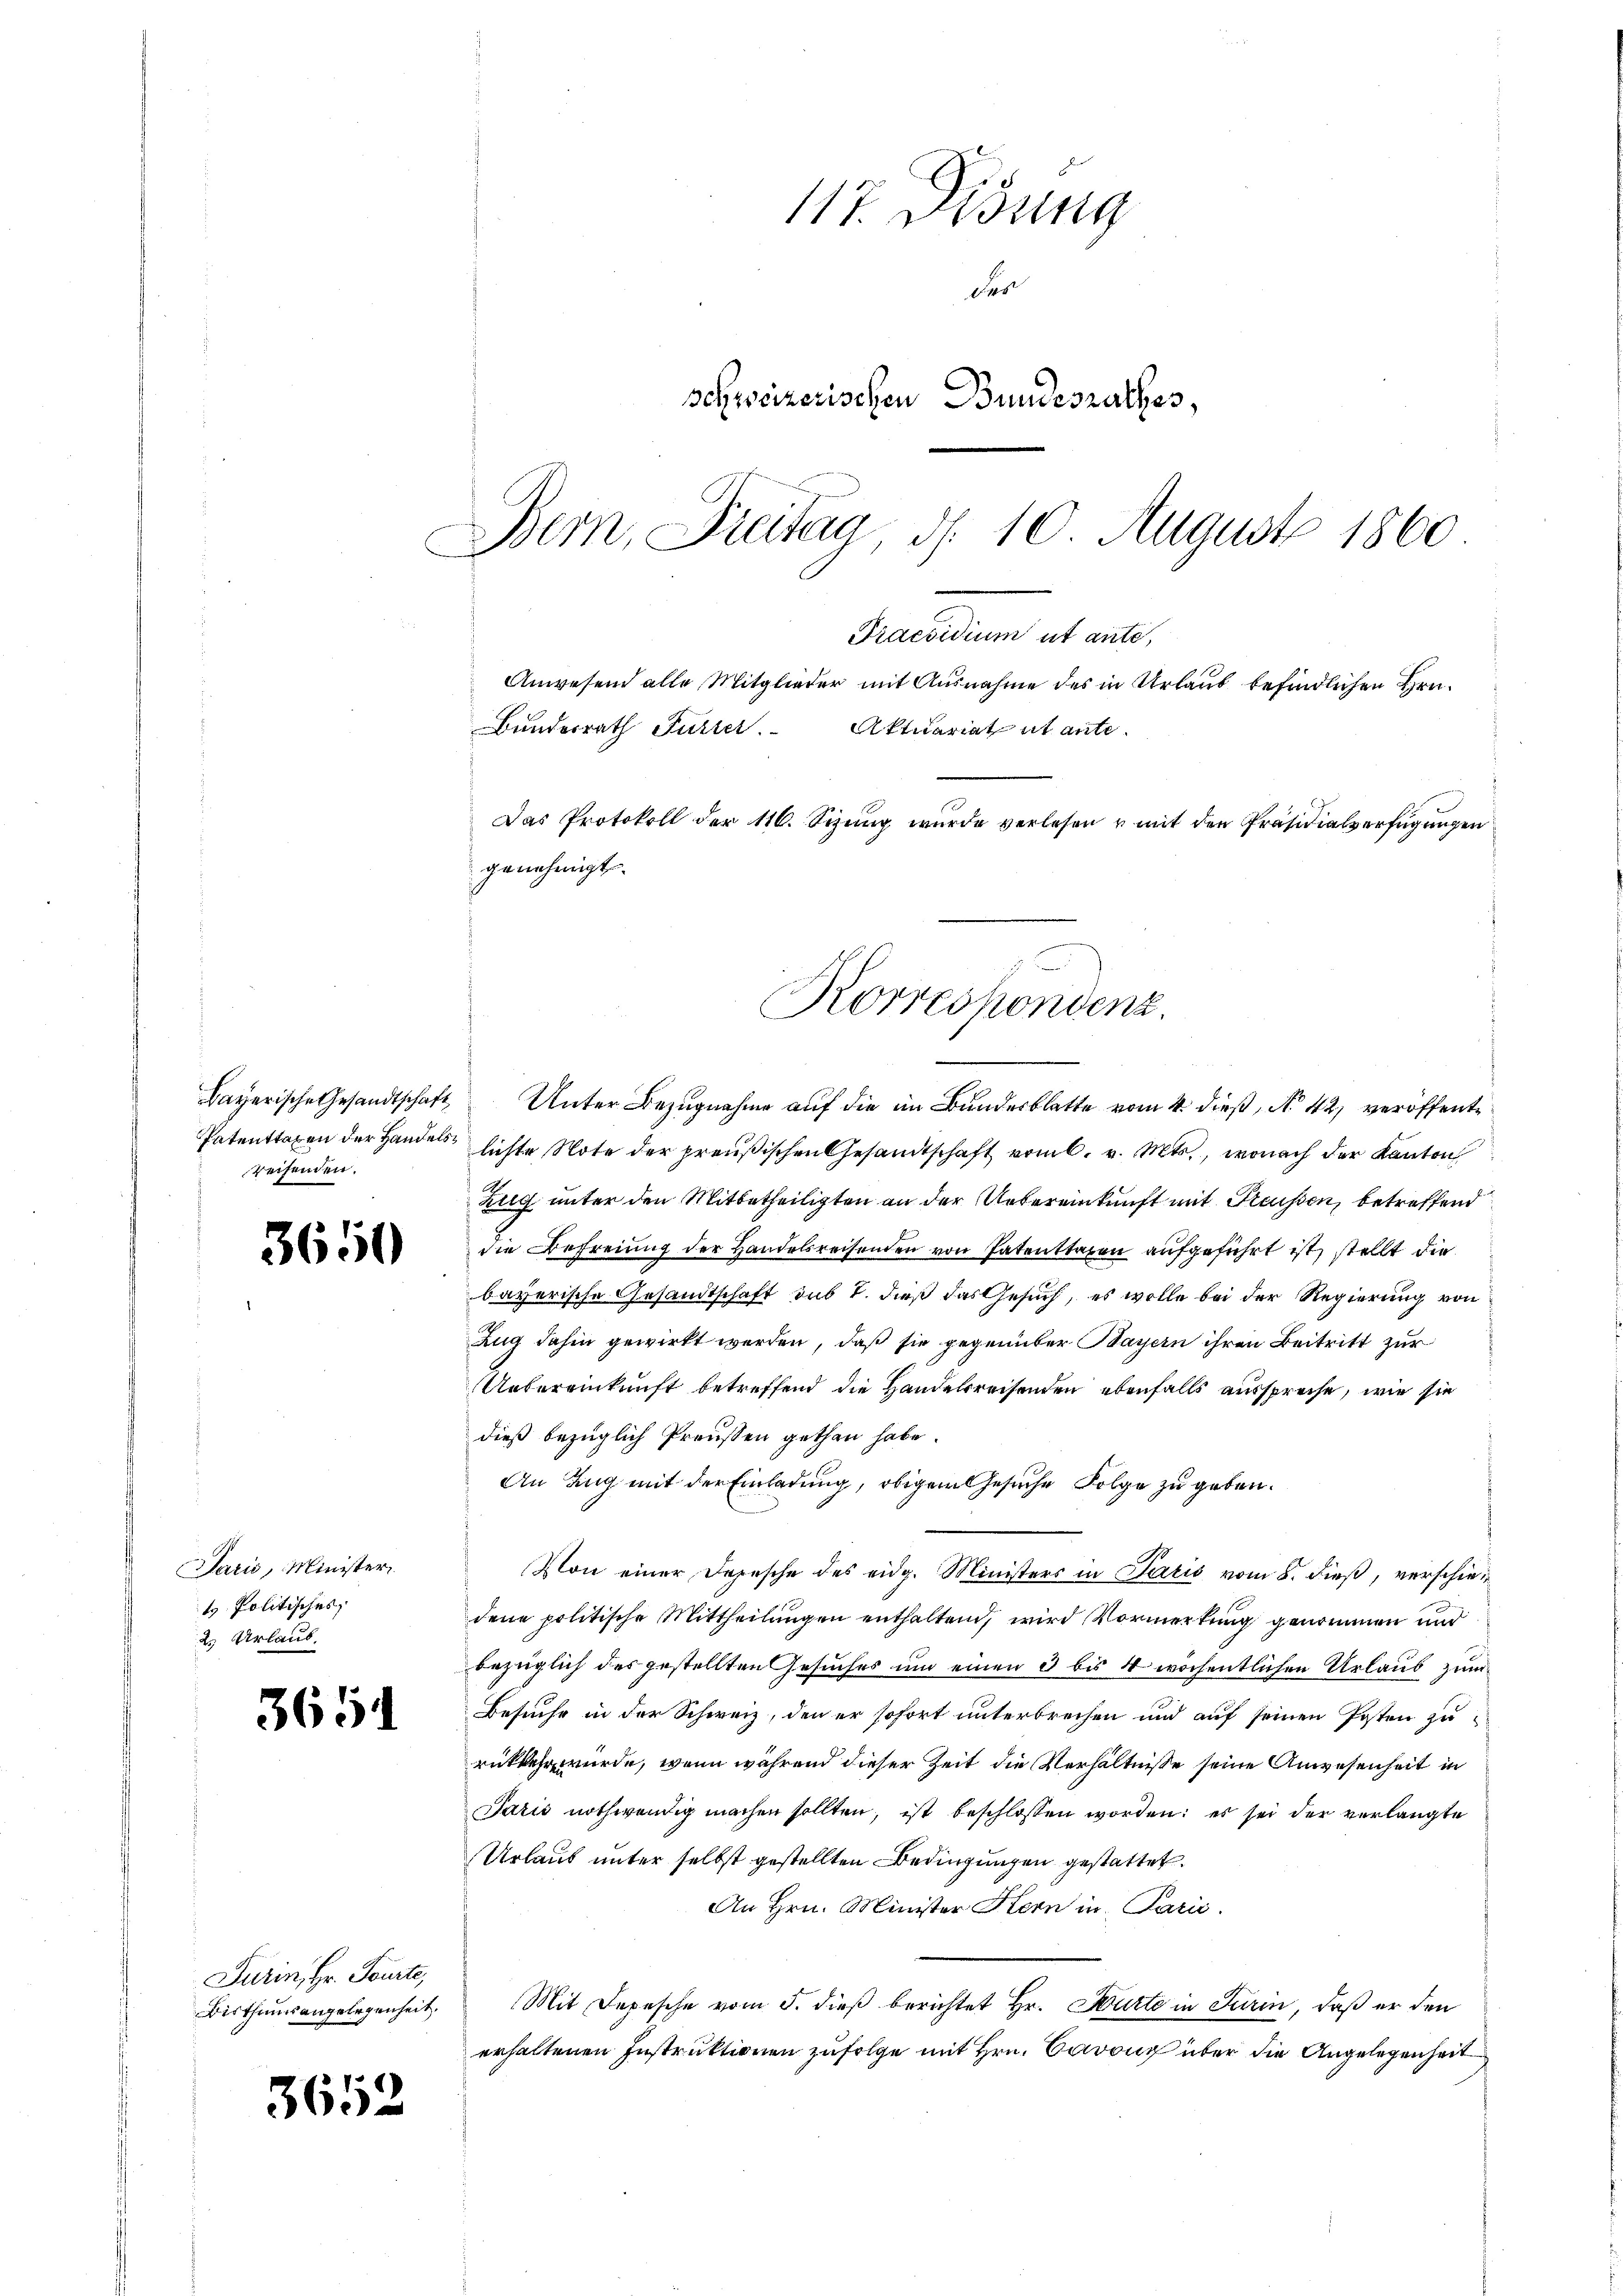
3650

Jarić, Minister
t. Politisches,
2. Urlaub.

3651

Turin, Hr. Tourte,
Bisthums angelegenheit.

3652

117. Didung
Des
schweizerischen Bundesrathes,
Bern, Freitag d. 10 August 1860

Bayerische Gesandtschaft
Patenttaxen der Handelsreisenden.

Praesidium ut ante,
Anwesend alle Mitglieder mit Ausnahme des in Urlaub befindlichen Hrn.
Bundesrath Furrer.
Aktuariat et ante¬
Das Protokoll der 116. Sizung wurde verlesen u mit den Präsidials erfügungen
genehmigt.
Korrespondenz.

Unter Bezugnahme auf die im Bundesblatte vom 4. dieß, N. 42, veröffentlichte Note der preußischen Gesandtschaft vom 6. v. Mts., wonach der Kanton
Zug unter den Mitbetheiligten an der Uebereinkunft mit Freussen, betreffend
die Befreiung der Handelsreisenden von Patenttaxen aufgeführt ist, stellt die
bayerische Gesandtschaft sub 7. dieß das Gesuch, es wolle bei der Regierung von
Zug dahin gewirkt werden, daß sie gegenüber Bayern ihren Beitritt zur
Uebereinkunft betreffend die Handelsreisenden ebenfalls ausspreche, wie sie
dieß bezüglich Preussen gethan habe.
An Zug mit der Einladung, obigem Gesuche Folge zu geben.
Von einer Depesche des eidg. Ministers in Paris vom 8. dieß, verschiedene politische Mittheilungen enthaltend, wird Vormerkung genommen und
bezüglich des gestellten Gesuches um einen 3 bis 4 wöchentlichen Urlaub zum
Besuche in der Schweiz, den er sofort unterbrechen und auf seinen Posten zu
rükkehr würde, wenn während dieser Zeit die Verhältnisse seine Anwesenheit in
Paris nothwendig machen sollten, ist beschlossen worden: es sei der verlangte
Urlaub unter selbst gestellten Bedingungen gestattet.
An Hrn. Minister Kern in Parić.
Mit Depesche vom 5. dieß berichtet Hr. Hurte in Turin, daß er den
erhaltenen Instruktionen zufolge mit Hrn. Cavon über die Angelegenheit